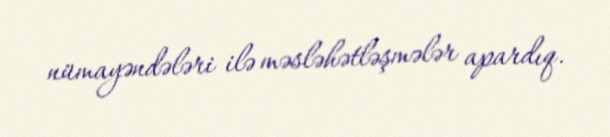
nümayəndələri ilə məsləhətləşmələr apardıq.